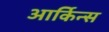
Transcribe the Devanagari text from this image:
आर्किन्स